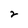
Character: 2